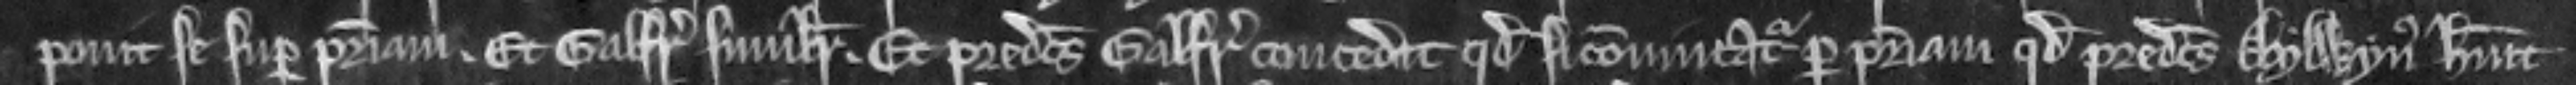
ponit se super patriam. Et Galfridus similiter. Et predictus Galfridus concedit quod si convincatur per patriam quod predictus Aylwynus habuit